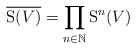
\begin{align*}\overline{\mathrm{S}(V)} = \prod_{n \in \mathbb{N}} \mathrm{S}^n(V)\end{align*}